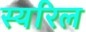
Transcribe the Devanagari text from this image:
स्यरिल